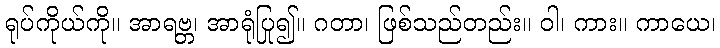
ရုပ်ကိုယ်ကို။ အာရဗ္ဘ၊ အာရုံပြု၍။ ဂတာ၊ ဖြစ်သည်တည်း။ ဝါ၊ ကား။ ကာယေ၊